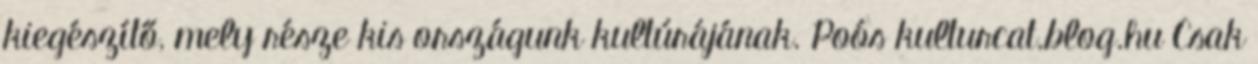
kiegészítő, mely része kis országunk kultúrájának. Poós kulturcat.blog.hu Csak